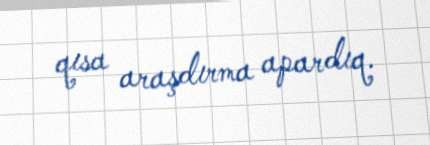
qısa araşdırma apardıq.